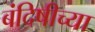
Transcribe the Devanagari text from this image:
बंदिषीच्या